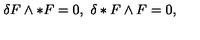
\delta F \wedge * F = 0 , \ \delta * F \wedge F = 0 , \